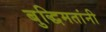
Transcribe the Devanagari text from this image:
बुद्धिमतांनी